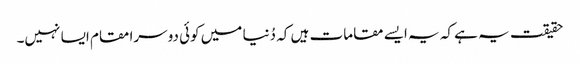
حقیقت یہ ہے کہ یہ ایسے مقامات ہیں کہ دُنیا میں کوئی دوسرا مقام ایسا نہیں۔